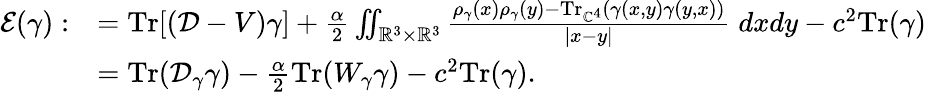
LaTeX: \begin{array}{rl}{\mathcal{E}(\gamma):}&{={\mathrm{Tr}}[(\mathcal D-V)\gamma]+\frac{\alpha}{2}\iint_{\mathbb{R}^{3}\times\mathbb{R}^{3}}\frac{\rho_{\gamma}(x)\rho_{\gamma}(y)-{\mathrm{Tr}}_{\mathbb{C}^{4}}(\gamma(x,y)\gamma(y,x))}{|x-y|}\; dxdy-c^{2}{\mathrm{Tr}}(\gamma)}\\ &{={\mathrm{Tr}}(\mathcal D_{\gamma}\gamma)-\frac{\alpha}{2}{\mathrm{Tr}}(W_{\gamma}\gamma)-c^{2}{\mathrm{Tr}}(\gamma).}\end{array}